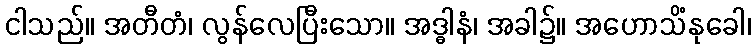
ငါသည်။ အတီတံ၊ လွန်လေပြီးသော။ အဒ္ဓါနံ၊ အခါ၌။ အဟောသိံနုခေါ၊